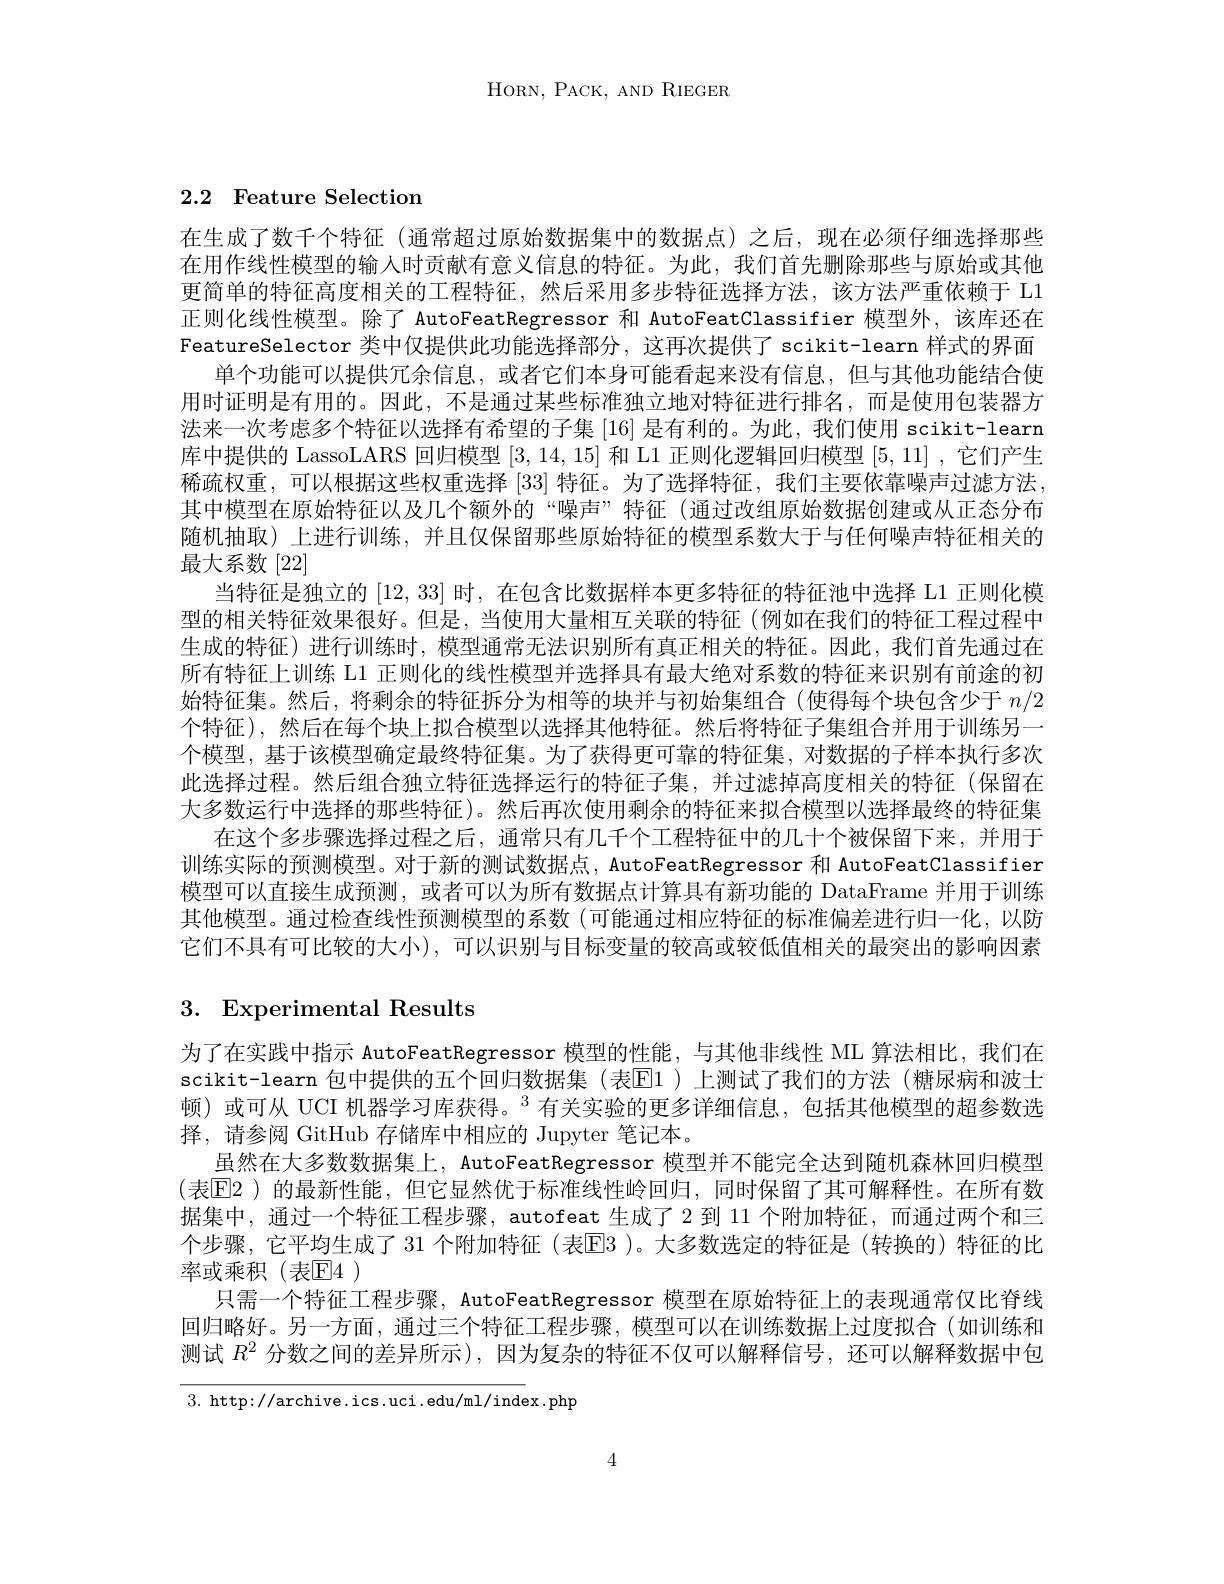
HORN, PACK, AND RIEGER

# 2.2 Feature Selection

在生成了数千个特征 (通常超过原始数据集中的数据点)之后，现在必须仔细选择那些在用作线性模型的输入时贡献有意义信息的特征。为此，我们首先删除那些与原始或其他更简单的特征高度相关的工程特征，然后采用多步特征选择方法，该方法严重依赖于 L1正则化线性模型。除了 AutoFeatRegressor 和 AutoFeatClassifier 模型外，该库还在FeatureSelector 类中仅提供此功能选择部分，这再次提供了 scikit-learn 样式的界面
单个功能可以提供冗余信息，或者它们本身可能看起来没有信息，但与其他功能结合使用时证明是有用的。因此，不是通过某些标准独立地对特征进行排名，而是使用包装器方法来一次考虑多个特征以选择有希望的子集 [16] 是有利的。为此，我们使用 scikit-learn 库中提供的 LassoLARS 回归模型[3,14,15]和 L1 正则化逻辑回归模型[5,11] ,它们产生稀疏权重，可以根据这些权重选择[33]特征。为了选择特征，我们主要依靠噪声过滤方法其中模型在原始特征以及几个额外的“噪声”特征(通过改组原始数据创建或从正态分布随机抽取)上进行训练，并且仅保留那些原始特征的模型系数大于与任何噪声特征相关的最大系数[22]
当特征是独立的[12,33]时，在包含比数据样本更多特征的特征池中选择 L1 正则化模型的相关特征效果很好。但是，当使用大量相互关联的特征(例如在我们的特征工程过程中生成的特征)进行训练时，模型通常无法识别所有真正相关的特征。因此，我们首先通过在所有特征上训练 L1 正则化的线性模型并选择具有最大绝对系数的特征来识别有前途的初始特征集。然后，将剩余的特征拆分为相等的块并与初始集组合(使得每个块包含少于$n/2$ 个特征),然后在每个块上拟合模型以选择其他特征。然后将特征子集组合并用于训练另一个模型，基于该模型确定最终特征集。为了获得更可靠的特征集，对数据的子样本执行多次此选择过程。然后组合独立特征选择运行的特征子集，并过滤掉高度相关的特征(保留在大多数运行中选择的那些特征)。然后再次使用剩余的特征来拟合模型以选择最终的特征集
在这个多步骤选择过程之后，通常只有几千个工程特征中的几十个被保留下来，并用于训练实际的预测模型。对于新的测试数据点，AutoFeatRegressor 和 AutoFeatClassifier 模型可以直接生成预测，或者可以为所有数据点计算具有新功能的 DataFrame 并用于训练其他模型。通过检查线性预测模型的系数(可能通过相应特征的标准偏差进行归一化，以防它们不具有可比较的大小),可以识别与目标变量的较高或较低值相关的最突出的影响因素

# 3. Experimental Results

为了在实践中指示 AutoFeatRegressor 模型的性能，与其他非线性 ML 算法相比，我们在scikit-learn 包中提供的五个回归数据集 (表$\overline{\mathrm{E}}$1)上测试了我们的方法 (糖尿病和波士顿)或可从 UCI 机器学习库获得。$^3$有关实验的更多详细信息，包括其他模型的超参数选择，请参阅 GitHub 存储库中相应的 Jupyter 笔记本。
虽然在大多数数据集上，AutoFeatRegressor 模型并不能完全达到随机森林回归模型(表EE2)的最新性能，但它显然优于标准线性岭回归，同时保留了其可解释性。在所有数据集中，通过一个特征工程步骤，autofeat 生成了 2 到 11 个附加特征，而通过两个和三个步骤，它平均生成了 31 个附加特征 (表☑3 )。大多数选定的特征是(转换的)特征的比率或乘积(表E4)
只需一个特征工程步骤，AutoFeatRegressor 模型在原始特征上的表现通常仅比脊线回归略好。另一方面，通过三个特征工程步骤，模型可以在训练数据上过度拟合(如训练和测试$R^2$分数之间的差异所示),因为复杂的特征不仅可以解释信号，还可以解释数据中包

3. http://archive.ics.uci.edu/ml/index.php

4